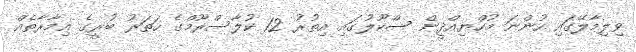
ވިލިމާލޭގައި ހުންނަ މުހްޔިއްދީން ސްކޫލުގައި އިތުރު 12 ކުލާސްރޫމްގެ ހަތަރު ބުރީގެ އިމާރާތެއް